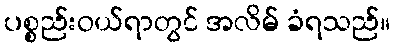
ပစ္စည်းဝယ်ရာတွင် အလိမ် ခံရသည်။